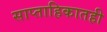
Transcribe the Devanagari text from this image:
साप्ताहिकातही